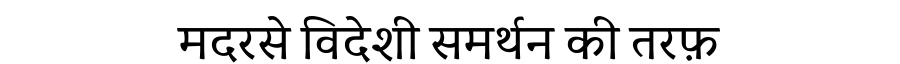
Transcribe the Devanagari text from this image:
मदरसे विदेशी समर्थन की तरफ़